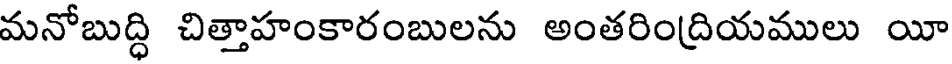
మనోబుద్ధి చిత్తాహంకారంబులను అంతరింద్రియములు యీ